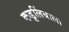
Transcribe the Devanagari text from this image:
कडुलिंबाला